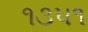
૧૩૫૧